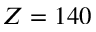
Z = 1 4 0